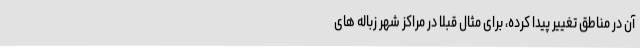
آن در مناطق تغییر پیدا کرده، برای مثال قبلا در مراکز شهر زباله های